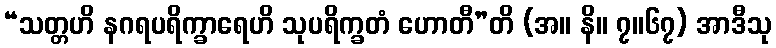
“သတ္တဟိ နဂရပရိက္ခာရေဟိ သုပရိက္ခတံ ဟောတီ”တိ (အ။ နိ။ ၇။၆၇) အာဒီသု